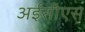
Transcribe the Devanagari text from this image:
अईसीएस